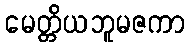
မေတ္တိယဘူမဇကာ